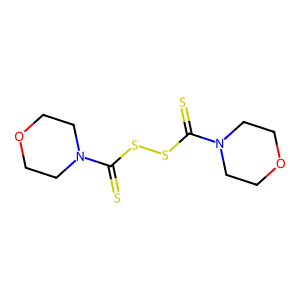
SMILES: S=C(SSC(=S)N1CCOCC1)N1CCOCC1
Inhibits HIV replication: No